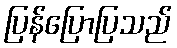
ပြန်ပြောပြသည်